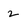
Character: 2